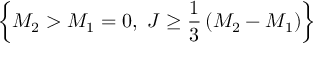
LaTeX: \left\{ M _ { 2 } > M _ { 1 } = 0 , ~ J \ge { \frac { 1 } { 3 } } \left( M _ { 2 } - M _ { 1 } \right) \right\}